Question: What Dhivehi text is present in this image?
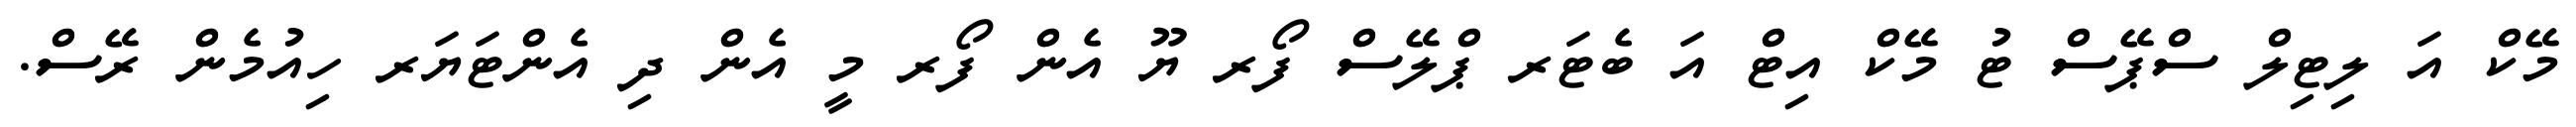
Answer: މޭކް އަ ލިޓިލް ސްޕޭސް ޓު މޭކް އިޓް އަ ބެޓަރ ޕްލޭސް ފޯރ ޔޫ އެން ފޯރ މީ އެން ދި އެންޓަޔަރ ހިއުމެން ރޭސް.